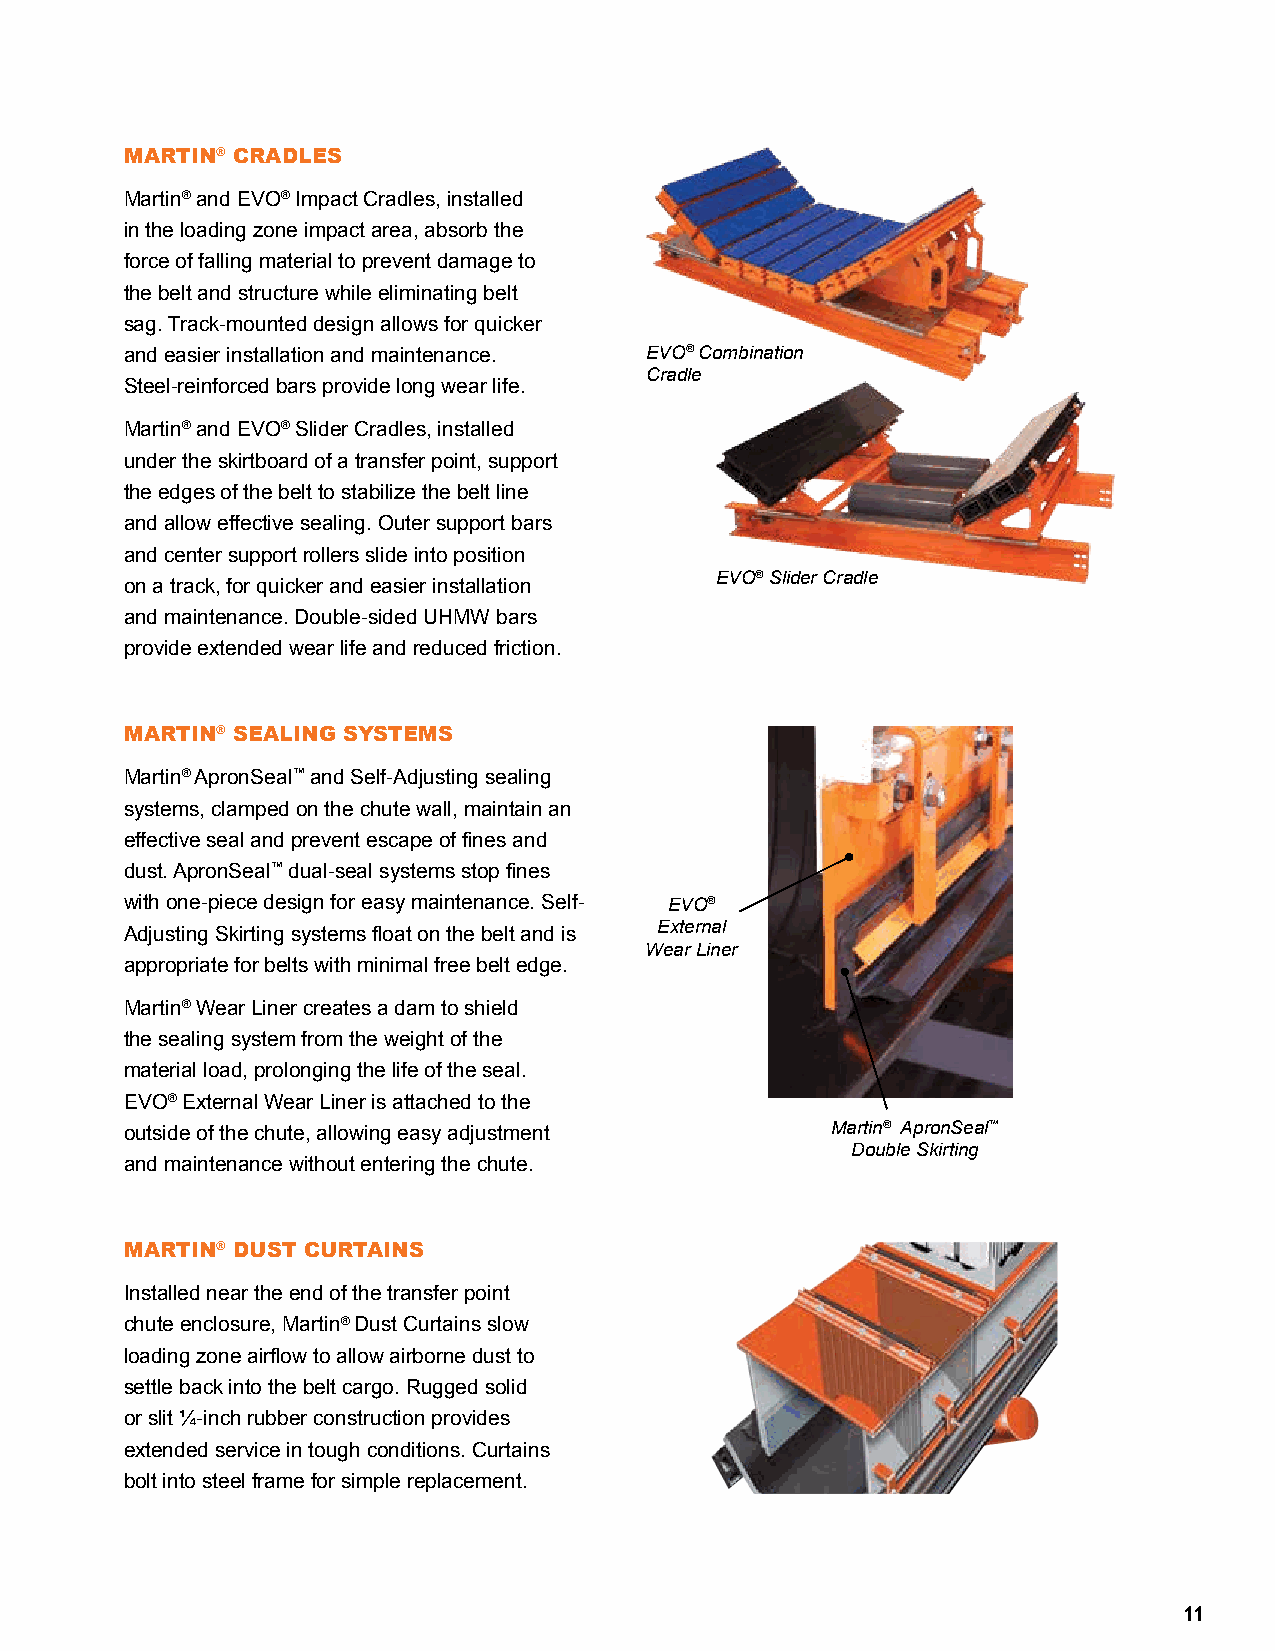
MARTIN® CRADLES
 Martin® and EVO® Impact Cradles, installed
 in the loading zone impact area, absorb the
 force of falling material to prevent damage to
 the belt and structure while eliminating belt
 sag. Track-mounted design allows for quicker
 and easier installation and maintenance. EVO® Combination
 Cradle
 Steel-reinforced bars provide long wear life.
 Martin® and EVO® Slider Cradles, installed
 under the skirtboard of a transfer point, support
 the edges of the belt to stabilize the belt line
 and allow effective sealing. Outer support bars
 and center support rollers slide into position
 EVO® Slider Cradle
 on a track, for quicker and easier installation
 and maintenance. Double-sided UHMW bars
 provide extended wear life and reduced friction.
 MARTIN® SEALING SYSTEMS
 Martin® ApronSeal™ and Self-Adjusting sealing
 systems, clamped on the chute wall, maintain an
 effective seal and prevent escape of fines and
 dust. ApronSeal™ dual-seal systems stop fines
 with one-piece design for easy maintenance. Self- EVO®
 Adjusting Skirting systems float on the belt and is External
 Wear Liner
 appropriate for belts with minimal free belt edge.
 Martin® Wear Liner creates a dam to shield
 the sealing system from the weight of the
 material load, prolonging the life of the seal.
 EVO® External Wear Liner is attached to the
 outside of the chute, allowing easy adjustment Martin® ApronSeal™
 Double Skirting
 and maintenance without entering the chute.
 MARTIN® DUST CURTAINS
 Installed near the end of the transfer point
 chute enclosure, Martin® Dust Curtains slow
 loading zone airflow to allow airborne dust to
 settle back into the belt cargo. Rugged solid
 or slit ¼-inch rubber construction provides
 extended service in tough conditions. Curtains
 bolt into steel frame for simple replacement.
 11